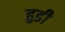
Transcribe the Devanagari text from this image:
हुडी